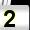
Digit: 2